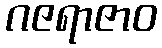
ဂဇရာဇာဝ